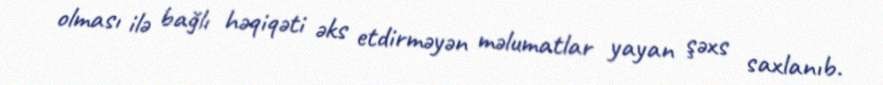
olması ilə bağlı həqiqəti əks etdirməyən məlumatlar yayan şəxs saxlanıb.